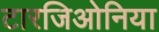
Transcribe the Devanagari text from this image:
टारजिओनिया